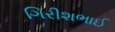
ગિરીશભાઈ